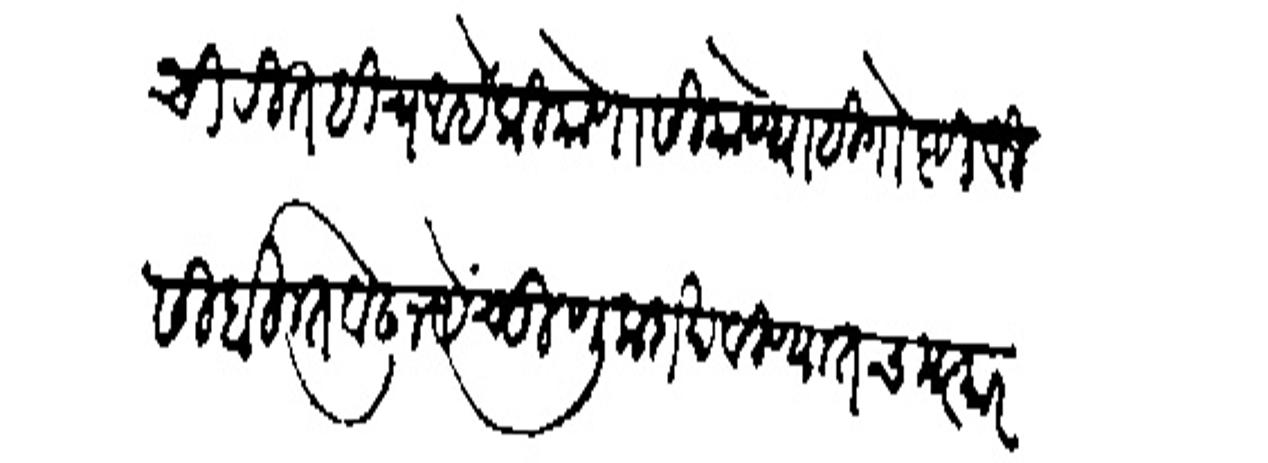
Transliteration (Devanagari): ची रीत हीच आहे को कोणासी कोण्याही गोष्टीविसी बहुत बोलू नये चुणुक दाखविण्यात चमत्कार